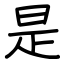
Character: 是